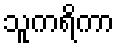
သူကရိကာ